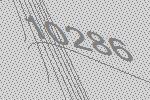
10286